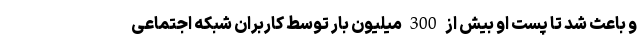
و باعث شد تا پست او بیش از 300 میلیون بار توسط کاربران شبکه اجتماعی